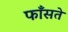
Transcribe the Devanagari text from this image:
फाँसते